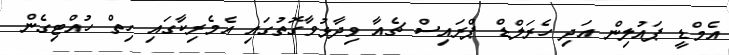
އެމްޑީ ޕައުލިން އަދި ހެރަލްޑް ޕްރައިސް ޗެއާ ވިދާޅުވާގޮތުގައި އެމެރިކާގައި ހިތް ހުއްޓިގެން